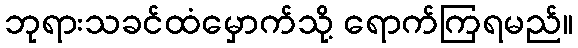
ဘုရားသခင်ထံမှောက်သို့ ရောက်ကြရမည်။